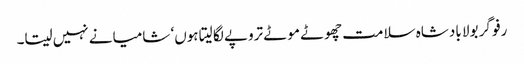
رفو گر بولا بادشاہ سلامت چھوٹے موٹے تروپے لگا لیتا ہوں‘ شامیانے نہیں سیتا۔